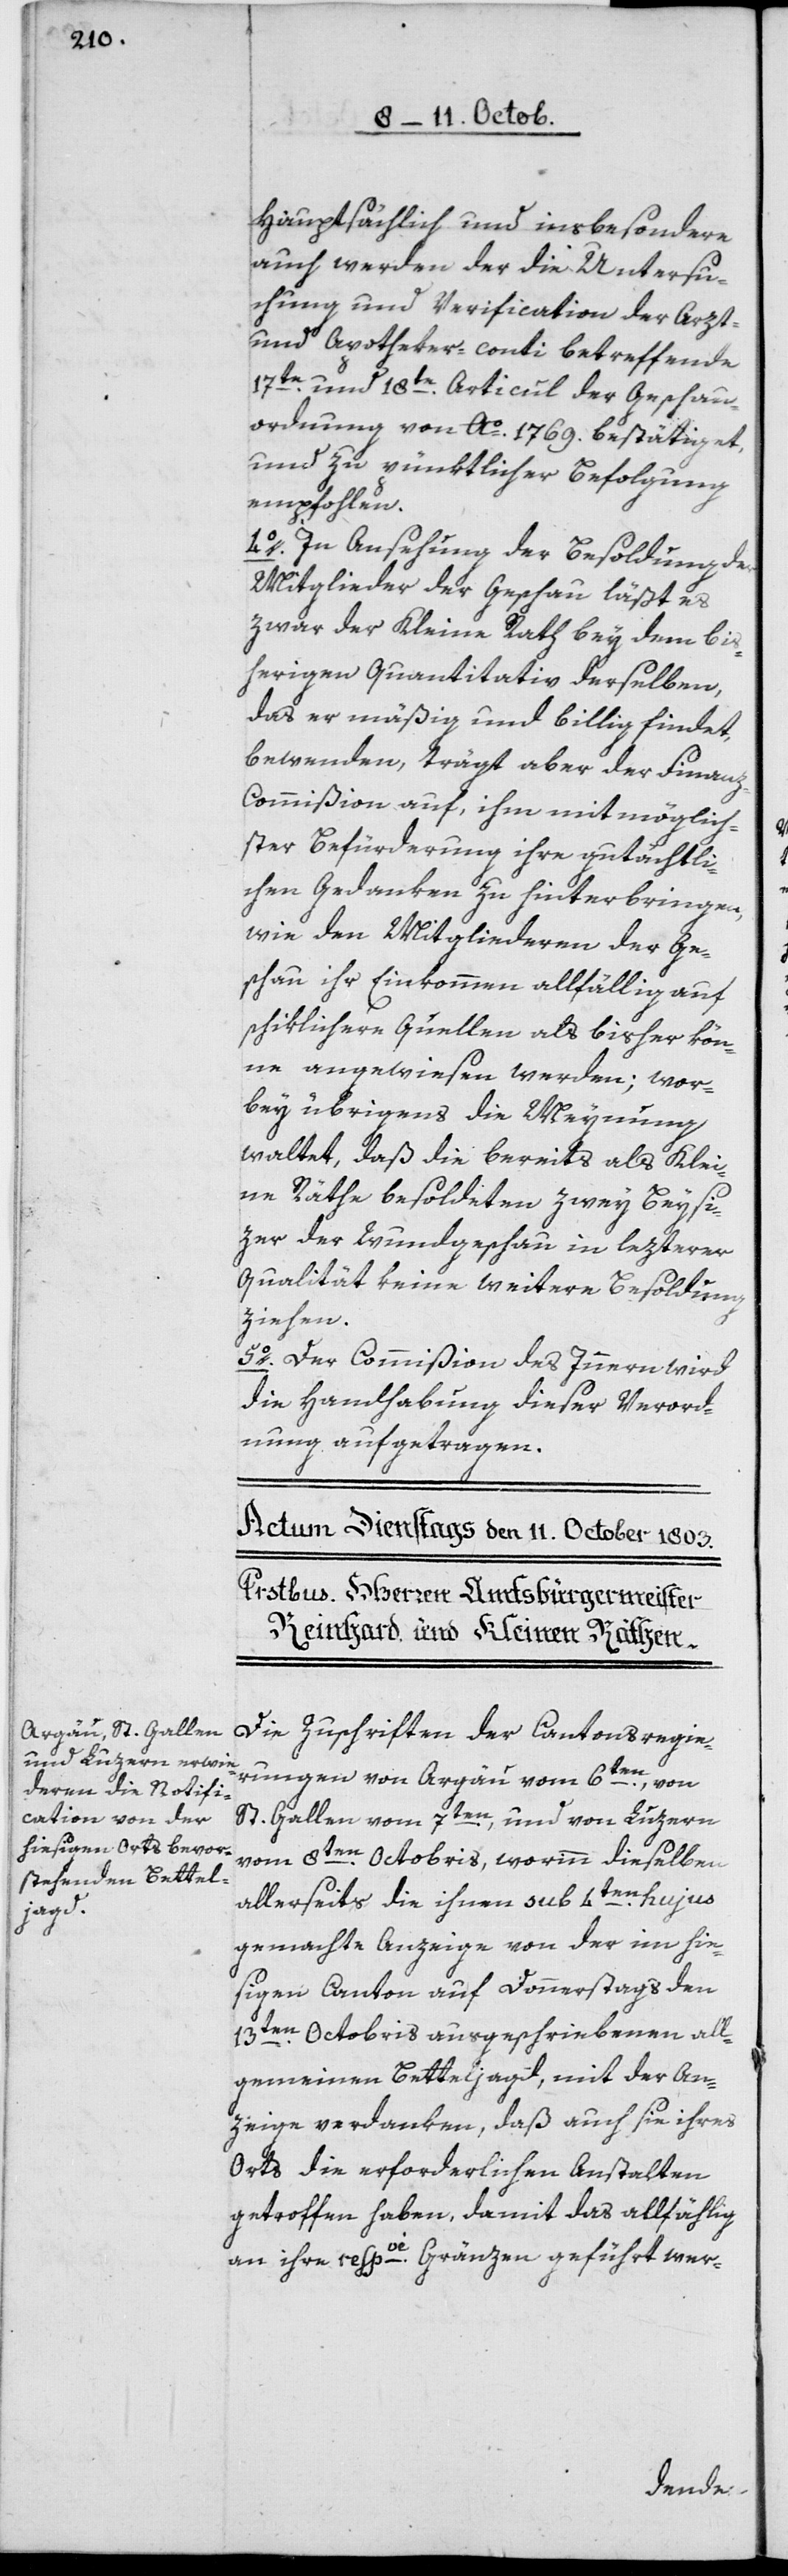
Hauptsächlich und insbesondere
auch werden der die Untersu¬
chung und Verification der Arzt-
und Apotheker-conti betreffende
17te und 18te Articul der Geschau¬
ordnung von Ao 1769 bestätiget,
und zu pünktlicher Befolgung
empfohlen.
4o In Ansehung der Besoldung der
Mitglieder der Geschau läßt es
zwar der Kleine Rath bey dem bis¬
herigen Quantitativ derselben,
das er mäßig und billig findet,
bewenden, trägt aber der Finan¬
z-Commißion auf, ihm mit möglich¬
ster Befürderung ihre gutächtli¬
chen Gedanken zu hinterbringen,
wie den Mitgliederen der Ge¬
schau ihr Einkommen allfällig auf
schiklichere Quellen als bisher kön¬
ne angewiesen werden; wor¬
bey übrigens, die Meynung
waltet, daß die bereits als Klei¬
ne Räthe besoldeten zwey Beysi¬
zer der Wundgeschau in lezterer
Qualität keine weitere Besoldung
ziehen.
5o Der Commißion des Innern wird
die Handhabung dieser Verord¬
nung aufgetragen.
Die Zuschriften der Cantonsregie¬
rungen von Argau vom 6ten, von
St. Gallen vom 7ten, und von Luzern
vom 8ten Octobris, worinn dieselben
allerseits die ihnen sub 4ten hujus
gemachte Anzeige von der im hie¬
sigen Canton auf Donnerstags den
13ten Octobris ausgeschriebenen all¬
gemeinen Betteljagd, mit der An¬
zeige verdanken, daß auch sie ihres
Orts die erforderlichen Anstalten
getroffen haben, damit das allfählig
an ihre respve Gränzen geführt wer-